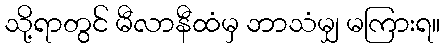
သို့ရာတွင် မီလာနီထံမှ ဘာသံမျှ မကြားရ။